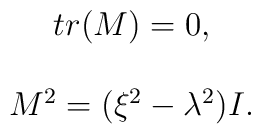
\begin{array}{c} tr(M)=0, \\ \\ M^2=(\xi ^2-\lambda^2)I.  \end{array}